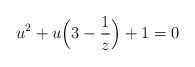
\begin{align*} u^2+u\Bigl(3-\frac{1}{z}\Bigr)+1=0 \end{align*}